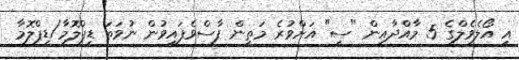
އީ އޯލެވެލްގެ 5 މާއްދާއިން "ސީ" އަށްވުރެ މަތިން ފާސްވެފައިވުން ނުވަތަ ޑިޕްލޮމާ/ޑިޕްލޮމާ